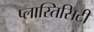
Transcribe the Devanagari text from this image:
प्लास्तिसिटी